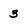
Character: 3